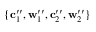
\{ \mathbf { c } _ { 1 } ^ { \prime \prime } , \mathbf { w } _ { 1 } ^ { \prime \prime } , \mathbf { c } _ { 2 } ^ { \prime \prime } , \mathbf { w } _ { 2 } ^ { \prime \prime } \}